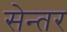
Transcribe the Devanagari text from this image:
सेन्तर